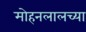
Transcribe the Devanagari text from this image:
मोहनलालच्या